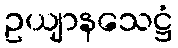
ဥယျာနသေဋ္ဌံ